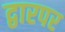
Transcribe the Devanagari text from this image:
द्वारपर